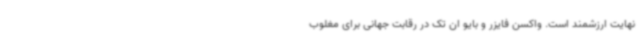
نهایت ارزشمند است. واکسن فایزر و بایو ان تک در رقابت جهانی برای مغلوب